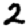
Digit: 2